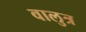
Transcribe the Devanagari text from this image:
वालुत्र